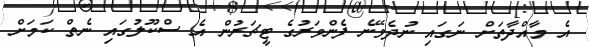
އެ މާއްދާތަށް ނަގައި ނުދެވޭނެ ފެންވަރުގެ ޓީޗަރުން އެ ސްކޫލުގައި ނެތް ކަމަށް